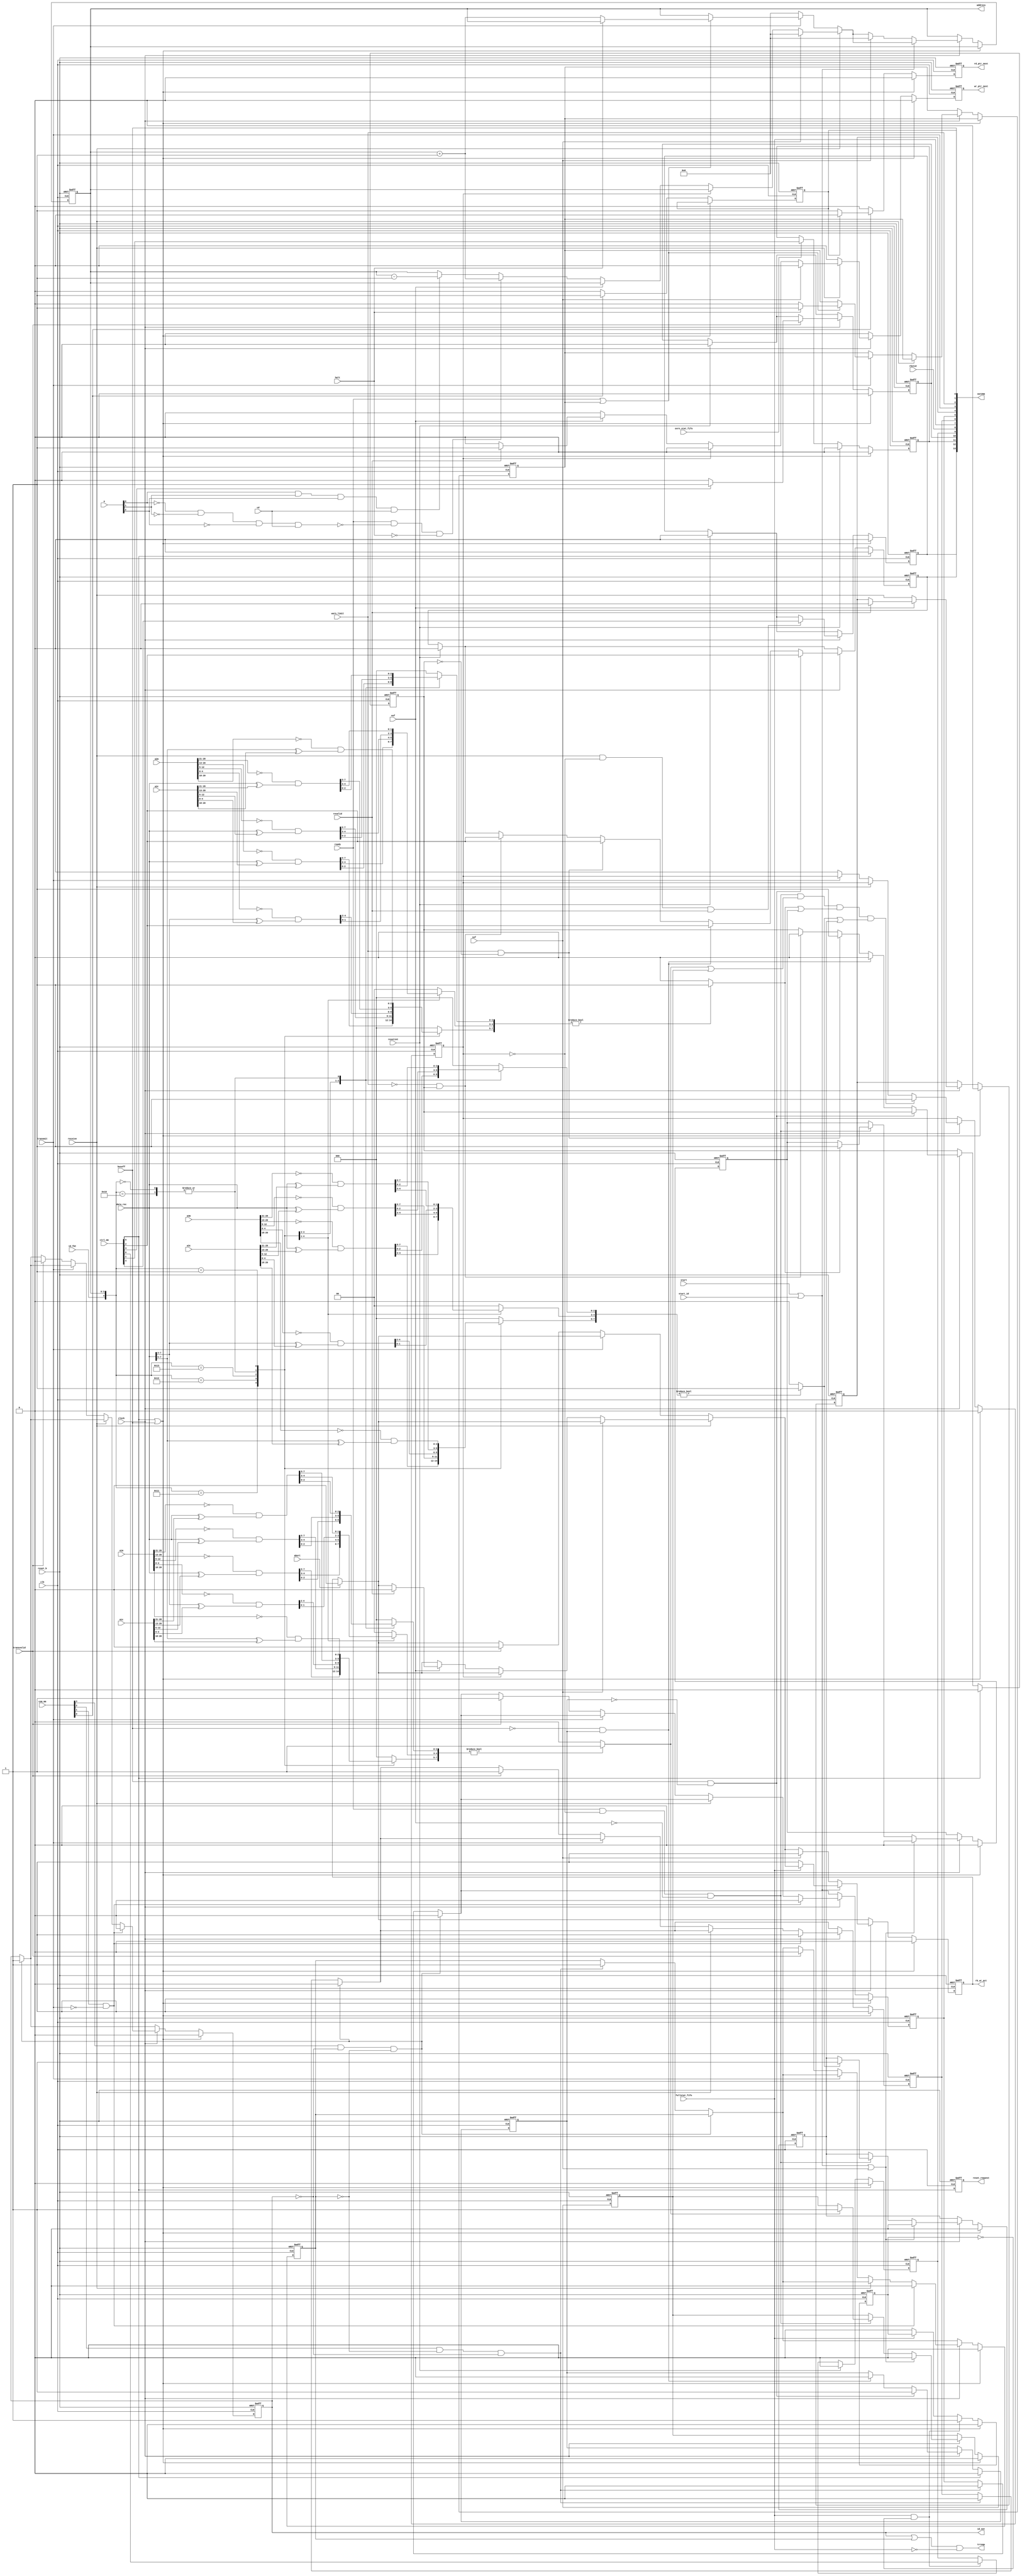
//+ ---------------------------------------------------------------------
//+
//+ Copyright (c) 1999-2003 FhG IPMS (Fraunhofer Institute of Photonic
//+ Microsystems, Dresden, Germany)
//+
//+ Please review the terms of the license agreement before using this
//+ file.  If you are not an authorized user, please destroy this source
//+ file and notify FhG IPMS immediately that you inadvertently 
//+ received an unauthorized copy.
//+ ---------------------------------------------------------------------
//+
//+  Project       : Basic CAN
//+
//+  File          : iml.v
//+  Dependencies  : none
//+
//+  Model Type:   : Synthesizable core
//+
//+  Description   : CAN Controller Modules (Basic CAN version)
//+
//+  Designer      : BS
//+
//+  QA Engineer   : NA
//+
//+  Creation Date : 30-Oct-2002
//+
//+  Last Update   : 10-Jan-2007
//+
//+  Version       : 2V18N00S00
//+ ---------------------------------------------------------------------
//+
//+ $Id: iml.v,v 1.5.2.16 2007/01/22 13:54:02 schneide Exp $
//+ Verilog HDL for "can_core", "iml" "behavioral"
`timescale 1ns/10ps
module iml 
  (
  out2mm,	//+ Bits of Interrupt and Statusregisters	-> to MM
  address,	//+ byte address (generated for MM)		-> to MM
  rb_wr_act,	//+ RB active (receiving or transmitting)	-> to FIFO
  id_out,	//+ =1 -> ext. ID, =0 -> std. ID (transmission)	-> to TCL
  trrequ,	//+ =1 ->Transmit request (TrRequ1 oder TrRequ2)-> to TCL
  reset_request,//+ =1 ->HW or SW reset 			-> to TCL,BSP,BTL,EML
  wr_ptr_next,	//+ =1 one clk-period to increment the b_ptr	-> to dpram_fifo_ctrl
  rd_ptr_next,	//+ =1 one clk-period to increment the a_ptr	-> to dpram_fifo_ctrl
  clk,		//+ System clock				<- from can_top
  reset_b,	//+ HW reset					<- from can_top
  ctrl_mm,	//+ ControlReg inputs (ResReq,RIE,TIE,EIE,OIE,FIE) <- from MM
  com_mm,	//+ CommandReg inputs (TrRequ1,TrRequ2,AbortTr,RRB) <- from MM    
  a1c,		//+ Acceptancecode1 inputs  			<- from MM      
  a1m,		//+ Acceptancemask1 inputs  			<- from MM      
  a2c,		//+ Acceptancecode2 inputs  			<- from MM      
  a2m,		//+ Acceptancemask2 inputs  			<- from MM      
  a3c,      	//+ Acceptancecode3 inputs  			<- from MM
  a3m,		//+ Acceptancemask3 inputs  			<- from MM      
  resetint,	//+ =1 ->reset "recint,transint,errorint,ovrnint" in IML after read access <- vom MM
  data_rec,	//+ Data byte from BSP (received or transmitted)<- from BSP
  a,		//+ Pointer selects bitposition within the byte	<- from BSP
  ready,	//+ =1 ->byte at the BSP complete		<- from BSP
  clock,	//+ Bit clock (ena for clk)    	        <- from BTL
  warn_limit,	//+ =1 ->one of errorcounters is >= 96		<- from EML
  busoff,	//+ =1 ->TrCount >= 256				<- from EML
  sof,		//+ =1 ->TCL has recognized the SOF bit		<- from TCL
  id_fmt,	//+ =1 ->ID format (=1->ext.ID,=0->std.ID)	<- from TCL
  halt,		//+ =1 ->BSP ignores the bit (stfb,srr,rtr,ide...<- from TCL
  eof,		//+ =1 ->area of crc-,ack- und eof-Bits		<- from TCL
  revalid,	//+ =1 ->receiving valid			<- from TCL
  start,	//+ =1 ->Start of transmission			<- from TCL
  cd,		//+ =1 ->change direction (Lost Arbitration)	<- from TCL
  abort,	//+ =1 ->abort of message storage after error 	<- from TCL
  transvalid,	//+ =1 ->transmission errorfree to the last bit	<- from TCL
  start_id,	//+ =1 ->start of transmission with ID (external SOF recognized)<- from TCL
  transmit,	//+ =1 ->node is transmitter			<- from TCL
  receive,	//+ =1 ->node is receiver			<- from TCL
  fullstat_fifo,//+ all RB full (from FIFO)  )			<- from FIFO
  ovrn_stat_fifo,//+ the oldest message in the FIFO is overwritten <- from FIFO
  rbstat	//+ at least 1 FIFO Element if full 		<- from FIFO
);
output [13:0] out2mm;	//+ RecInt,ErrInt,OvrnInt,TrInt,RBFI,RecBufStat,RecBufFull,
	                //+ TrBufAcc,TrCompl,RecStat,TrStat,ErrStat,BusStat,resrrb
output [3:0] address;
output rb_wr_act;	
output id_out;
output trrequ;
output reset_request;	//+ =1 ->HW- or SW-reset (ResReq bit of CtrlReg is set ) -> to TCL,BSP,BTL,EML
output wr_ptr_next;	//+ =1 one clk-period to increment the b_ptr	-> to dpram_fifo_ctrl
output rd_ptr_next;	//+ =1 one clk-period to increment the a_ptr	-> to dpram_fifo_ctrl
input clk;
input[5:0]  ctrl_mm;  //+ ControlReg outputs (ResReq,RIE,TIE,EIE,OIE,FIE)  
input[3:0]  com_mm;   //+ CommandReg outputs (TrRequ1,TrRequ2,AbortTr,RRB)   
input[28:0] a1c;      //+ Acceptancecode1 inputs   
input[28:0] a1m;      //+ Acceptancemask1 inputs  
input[28:0] a2c;      //+ Acceptancecode2 inputs   
input[28:0] a2m;      //+ Acceptancemask2 inputs  
input[28:0] a3c;      //+ Acceptancecode3 inputs   
input[28:0] a3m;      //+ Acceptancemask3 inputs   
input [7:0] data_rec; 
input [2:0] a;
input clock;
input sof;
input ready;
input id_fmt;
input reset_b;
input halt;
input eof;
input revalid;
input start;
input cd;
input abort;
input transvalid;
input start_id;
input resetint;	 
input warn_limit;
input busoff;
input transmit;
input receive;
input fullstat_fifo;	//+ all RB full (from FIFO)
input ovrn_stat_fifo;   //+ the oldest message in the FIFO is overwritten <- from FIFO
input rbstat;   	//+ at least 1 FIFO Element if full <- from FIFO
wire clk;
wire[5:0]  ctrl_mm;  //+ ControlReg outputs (ResReq,RIE,TIE,EIE,OIE,FIE)  
wire[3:0]  com_mm;   //+ CommandReg outputs (TrRequ1,TrRequ2,AbortTr,RRB)   
wire[28:0] a1c;      //+ Acceptancecode1 inputs      
wire[28:0] a1m;      //+ Acceptancemask1 inputs     
wire[28:0] a2c;      //+ Acceptancecode2 inputs      
wire[28:0] a2m;      //+ Acceptancemask2 inputs     
wire[28:0] a3c;      //+ Acceptancecode3 inputs      
wire[28:0] a3m;      //+ Acceptancemask3 inputs      
wire [7:0] data_rec; 
wire [2:0] a;
wire clock;
wire sof;
wire ready;
wire id_fmt;
wire reset_b;
wire halt;	
wire eof;
wire revalid;
wire start;
wire cd;		
wire abort;
wire transvalid;
wire start_id;
wire resetint;	
wire warn_limit;
wire busoff;
wire transmit;
wire receive;		
wire fullstat_fifo;	
wire ovrn_stat_fifo;   
wire rbstat;		
wire [13:0] out2mm;
reg  [3:0] address;
reg rb_wr_act;		
wire id_out;
wire trrequ;
reg reset_request;
reg wr_ptr_next;	
reg rd_ptr_next;	
//+internal signals:
reg recend;	//+ =1 ->message isn't accepted from all acc. filters
wire rr_in;	//+ Reset Request input from MM register
wire trstat;	//+ transmit status (=1 -> node is transmitting even)
wire busstat;	//+ bus status (=1 -> busoff)
reg recstat;	//+ receive status (=1 -> node is receiving even)
reg trcompl;	//+ transmission complete (=1 if trrequ=0, no abort transmission realized)
reg tbacc;	//+ transmit buffer access (=1 if trrequ=0 without abort transmission
		//+ or if AbortTr=1 and abort realized without transmission)
wire oie;	//+ overrun interrupt enable input from MM
wire tie;	//+ transmit interrupt enable input from MM
wire rie;	//+ receive interrupt enable input from MM
wire eie;	//+ error interrupt enable input from MM
wire fie;	//+ full interrupt enable input from MM
wire stopp;	//
wire decadr;
reg fullstat_fifo_store;	
//+ signals to control the acceptance filtering
reg [7:0] byte_acc1;	//+result of checked bit positions from ID bits "1"->not pass
reg [7:0] byte_acc2;	//+result of checked bit positions from ID bits "1"->not pass
reg [7:0] byte_acc3;	//+result of checked bit positions from ID bits "1"->not pass
reg not_acc1_l;		//+logical acceptance check result of filter1 at current ID byte
reg not_acc2_l;		//+logical acceptance check result of filter2 at current ID byte
reg not_acc3_l;		//+logical acceptance check result of filter3 at current ID byte
reg not_acc1_r;         //+registered acceptance check result of filter1
reg not_acc2_r;         //+registered acceptance check result of filter2
reg not_acc3_r;         //+registered acceptance check result of filter3
wire fil1_rej;		//+logical value shows if filter is rejecting actual message (=1->reject)
wire fil2_rej;		//+logical value shows if filter is rejecting actual message 
wire fil3_rej;		//+logical value shows if filter is rejecting actual message 
//+ command / interrupt registers-------------------------------------------------
reg trrequ1,trrequ2;	//+Command Register
reg recint;		//+RecInt	->received message valid
reg errorint;		//+ErrInt	->error status or bus status has changed
reg ovrnint;		//+OvrnInt	->at least one RB overwritten		
reg transint;		//+TrInt	->transmission completed successfully
reg rbfint;		//+RBFI		->all three RB filled
reg resrrb;
reg warn_limit_old;	
reg busoff_old;		
reg ready_save;		
assign trstat=transmit;			
assign busstat=busoff;			
assign fie=ctrl_mm[0];
assign oie=ctrl_mm[1];
assign eie=ctrl_mm[2];
assign tie=ctrl_mm[3];
assign rie=ctrl_mm[4];
assign rr_in=ctrl_mm[5];
assign out2mm[0]=resrrb;			//+ Reset for rrb in MM
assign out2mm[1]=busstat;			//+ 0x22[0],RecBufStat
assign out2mm[2]=warn_limit;			//+ 0x22[1],ErrStat
assign out2mm[3]=trstat;			//+ 0x22[2],TrStat
assign out2mm[4]=recstat;			//+ 0x22[3],RecStat
assign out2mm[5]=trcompl;			//+ 0x22[4],TrCompl
assign out2mm[6]=tbacc;				//+ 0x22[5],TrBufAcc
assign out2mm[7]=fullstat_fifo;			//+ 0x22[6],RecBufFull
assign out2mm[8]=rbstat;			//+ 0x22[7],RecBufStat
assign out2mm[9]=rbfint;			//+ 0x23[1],RBFI
assign out2mm[10]=transint;			//+ 0x23[2],TrInt
assign out2mm[11]=ovrnint;			//+ 0x23[3],OvrnInt
assign out2mm[12]=errorint;			//+ 0x23[4],ErrInt
assign out2mm[13]=recint;			//+ 0x23[7],RecInt
always@(negedge reset_b or posedge clk) 
  begin
    if(reset_b==1'b0)	
      begin
        recend<=1'b0;
        rb_wr_act<=1'b0;	
        address<=4'b0000;
        reset_request<=1'b1;	
        trrequ1<=1'b0;
        trrequ2<=1'b0;
        trcompl<=1'b1;
        tbacc<=1'b1;
        recstat<=1'b0;
        resrrb<=1'b1;       
        wr_ptr_next<=1'b0; 
        rd_ptr_next<=1'b0; 
        not_acc1_r <= 1'b0;
        not_acc2_r <= 1'b0;
        not_acc3_r <= 1'b0;
        ready_save <= 1'b0;
      end
    else	
      begin
        reset_request<=rr_in; 
        if(wr_ptr_next==1'b1)
          wr_ptr_next<=1'b0;	
        if(rd_ptr_next==1'b1)
          rd_ptr_next<=1'b0;	
        else;
        //+ ---SOFTWARE RESET begin                                                    
        if((rr_in==1'b1)|(busoff==1'b1))
          begin         
            trrequ1<=1'b0;  	
            trrequ2<=1'b0;                                                     
            trcompl<=1'b1;
            tbacc<=1'b1;
            rb_wr_act<=1'b0;	
            recstat<=1'b0;
            recend<=1'b0;
            not_acc1_r <= 1'b0;
            not_acc2_r <= 1'b0;
            not_acc3_r <= 1'b0;
          end 
        //+ ---SOFTWARE RESET end                                                    
        else	
          begin
	    if(com_mm[0]==1'b1)	
	      begin
	        if(resrrb==1'b0)
	          begin
		    resrrb<=1'b1;	
                    rd_ptr_next<=1'b1;	
	          end
                else;
              end
            else
              begin
                resrrb<=1'b0;	
                rd_ptr_next<=1'b0;	
              end
            if((com_mm[3]==1'b1)&(trrequ1==1'b0)&(trrequ2==1'b0)) 
              begin         
                trrequ1<=1'b1;  
                trcompl<=1'b0;
                tbacc<=1'b0;
              end
            else if((com_mm[2]==1'b1)&(trrequ2==1'b0)&(trrequ1==1'b0)) 
              begin         
                trrequ2<=1'b1;  
                trcompl<=1'b0;
                tbacc<=1'b0;
              end
            else;
            if(abort==1'b1) 		
              begin
                rb_wr_act<=1'b0;    
              end
            if(clock==1'b1)	
              begin
                if(eof==1'b0)
                  recstat<=receive;
                else
                  begin
                    if(revalid==1'b1)
                      recstat<=1'b0;
                    else;
                  end
                if(receive==1'b1)                                                      
                  begin
                    if(sof==1'b1)
                      address<=4'b0000;                                                                  
                    else if(recend==1'b0) 
                      begin     
                        if(eof==1'b0)                                                 
                          begin                                                  
                            if((ready==1'b1)&(stopp==1'b0)&(halt==1'b0))    
                              address<=address+4'b0001;        
                            else if(decadr==1'b1)                                               
                              address<=address-4'b0001;                                            
                            else;                                                         
                          end                                                                  
                        else                                                                   
                          begin
                            if(revalid==1'b1) 
                              begin 
                                rb_wr_act<=1'b0;    
                                wr_ptr_next<=1'b1; 	
                              end                                                              
                             else;                                                              
                          end                                                                  
                      end 	
                    else;                                                        
                  end		
                else if(transmit==1'b1)                                                              
                  begin                                                                        
                    if((ready==1'b1)|(ready_save==1'b1)) 
                      begin                                                           
                        if(halt==1'b0)
                          begin 
                            address<=address+4'b0001;
                            ready_save <= 1'b0;
                          end
                        else
                          begin 
                            ready_save <= 1'b1;
                          end
                      end                                                         
                    else;
                  end                                                                          
                else
                  begin                 
                    if(transvalid==1'b1)      
                      begin                                                                    
                        trrequ1<=1'b0;                                                             
                        trrequ2<=1'b0;                                                             
                        trcompl<=1'b1;
                        tbacc<=1'b1;
                        rb_wr_act<=1'b0;    
                      end
                    recend<=1'b0;	
                    address<=4'b0000;	
                  end                                                                          
                if((ready==1'b1)&(recend==1'b0)&(eof==1'b0)&(fil1_rej==1'b1)&(fil2_rej==1'b1)&(fil3_rej==1'b1))
                  recend <= 1'b1;	//+message rejected
                else;
                if((start==1'b1)|(start_id==1'b1)|(sof==1'b1))
                  begin
                    not_acc1_r <= 1'b0;
                    not_acc2_r <= 1'b0;
                    not_acc3_r <= 1'b0;
                  end
                else if((ready==1'b1)&(recend==1'b0)&(eof==1'b0))
                  begin
                    if(not_acc1_l==1'b1)
                      not_acc1_r <= 1'b1;
                    else;
                    if(not_acc2_l==1'b1)
                      not_acc2_r <= 1'b1;
                    else;
                    if(not_acc3_l==1'b1)
                      not_acc3_r <= 1'b1;
                    else;
                  end
                else;
                if((start==1'b1)|(start_id==1'b1))      
                  begin      		
                    if(fullstat_fifo==1'b0)  
                      rb_wr_act<=1'b1;      
                    else; 	  	
                  end                                                                       
                else if(sof==1'b1)            
                  begin                                                                     
                    address<=1'b0;                                                              
                    rb_wr_act<=1'b1;        
                  end                                                                       
                else;
                if((com_mm[1]==1'b1)&(transmit==1'b0))         
                  begin                                                                        
                    trrequ1<=1'b0;    
                    trrequ2<=1'b0;    
                    trcompl<=1'b0;
                    tbacc<=1'b1;
                  end                                                                          
                else;
              end   	
            else;     	
          end   	
      end       	
  end			
always@(negedge reset_b or posedge clk) 
  begin
    if(reset_b==1'b0)	
      recint<=1'b0;       
    else	
      begin
        if((rr_in==1'b1)|(busoff==1'b1))
          recint<=1'b0;                             
        else	
          begin
            if(clock==1'b1)	
              begin
                if((receive==1'b1)&(recend==1'b0)&(revalid==1'b1))                                    
                  recint<=rie;     
                else
                  begin                 
                    if(resetint==1'b1)  
                      recint<=1'b0;	
                    else;
                  end
              end   	
            else     	
              begin                                                  
                  if(resetint==1'b1)    
                    recint<=1'b0;	
                  else;
              end
          end   	
      end       	
  end			
always@(negedge reset_b or posedge clk) 
  begin
    if(reset_b==1'b0)	
      begin
        ovrnint<=1'b0;
        rbfint<=1'b0; 
        fullstat_fifo_store<=1'b0;                                                
      end
    else	
      begin
        //+ ---SOFTWARE RESET begin                                                    
        if((rr_in==1'b1)|(busoff==1'b1))
          begin         
        //+ ---SOFTWARE RESET end                                                    
            ovrnint<=1'b0;                                                
            rbfint<=1'b0;                                                 
            fullstat_fifo_store<=1'b0;
          end 
        else	
          begin
            if((fullstat_fifo==1'b1)&(fullstat_fifo_store==1'b0)) 
              begin
                fullstat_fifo_store<=1'b1;
                rbfint<=fie;
              end
            else if(fullstat_fifo==1'b0)	
              fullstat_fifo_store<=1'b0;
            else;
            if(ovrn_stat_fifo==1'b1) 
              ovrnint<=oie;
            else;
            if(resetint==1'b1)    
              begin         
                rbfint<=1'b0;                                                 
                ovrnint<=1'b0;                                                 
              end                                                          
            else;
          end   	
      end       	
  end			
always@(negedge reset_b or posedge clk) 
  begin
    if(reset_b==1'b0)	
      transint<=1'b0;       
    else		
      begin
        if((rr_in==1'b1)|(busoff==1'b1))
          transint<=1'b0;                             
        else	
          begin
            if(clock==1'b1)	
              begin                 
                if(transvalid==1'b1)      
                  begin                                                        
                    if(tie==1'b1)         
                      transint<=1'b1; 
                    else                                                       
                      transint<=1'b0; 
                  end                     
                else
                  begin                 
                    if(resetint==1'b1)    
                      transint<=1'b0;
                    else;
                  end
              end   	
            else     	
              begin                                                  
                  if(resetint==1'b1)    
                    transint<=1'b0;
                  else;
              end
          end   	
      end       	
  end			
always@(negedge reset_b or posedge clk) 
  begin
    if(reset_b==1'b0)	
      begin
        errorint<=1'b0;       
        warn_limit_old<=1'b0;
        busoff_old<=1'b0;
      end
    else	
      begin
        if(rr_in==1'b1)
          begin               
            errorint<=1'b0;                             
            warn_limit_old<=1'b0;
            busoff_old<=1'b0;
          end                                                
        else	
          begin
            if(clock==1'b1)	
              begin
                if((busoff==1'b1)&(busoff_old==1'b0))	
                  begin
                    busoff_old<=1'b1;
                    errorint<=eie;
                  end
                else if((busoff==1'b0)&(busoff_old==1'b1))	
                  begin		
                    busoff_old<=1'b0;
                    errorint<=eie;
                    warn_limit_old<=1'b0;                                               
                  end
                else if((warn_limit==1'b1)&(warn_limit_old==1'b0))
                  begin                                                                      
                    errorint<=eie;                                                              
                    warn_limit_old<=1'b1;                                               
                  end                                                                        
                else if((warn_limit==1'b0)&(warn_limit_old==1'b1))
                  begin                                                                      
                    errorint<=eie;                                                              
                    warn_limit_old<=1'b0;                                               
                  end                                                                        
                else 	
                  begin
                    if(resetint==1'b1)   	
                        errorint<=1'b0;	
                    else;
                  end
              end   	
            else     	
              begin                                                  
                  if(resetint==1'b1)    
                    begin         
                      errorint<=1'b0;                                
                    end                                                        
                  else;
              end
          end   	
      end       	
  end			
//+ Logical assignments for acceptance filtering
//+ not accepted bits of vector byte_acc will be "1"
always@(address or id_fmt or data_rec or a1m  or a1c or a2m  or a2c or a3m  or a3c)
  case({id_fmt,address})
     5'h1_0:	
           begin
             byte_acc1[7:0]=(~a1m[28:21]&(data_rec[7:0]^a1c[28:21]));
             byte_acc2[7:0]=(~a2m[28:21]&(data_rec[7:0]^a2c[28:21]));
             byte_acc3[7:0]=(~a3m[28:21]&(data_rec[7:0]^a3c[28:21]));
           end
     5'h1_1:	
           begin
             byte_acc1[7:0]=(~a1m[20:13]&(data_rec[7:0]^a1c[20:13]));
             byte_acc2[7:0]=(~a2m[20:13]&(data_rec[7:0]^a2c[20:13]));
             byte_acc3[7:0]=(~a3m[20:13]&(data_rec[7:0]^a3c[20:13]));
           end
     5'h1_2:	
           begin
             byte_acc1[7:0]=(~a1m[12:5]&(data_rec[7:0]^a1c[12:5]));
             byte_acc2[7:0]=(~a2m[12:5]&(data_rec[7:0]^a2c[12:5]));
             byte_acc3[7:0]=(~a3m[12:5]&(data_rec[7:0]^a3c[12:5]));
           end
     5'h1_3:	
           begin
             byte_acc1[7:3]=(~a1m[4:0]&(data_rec[7:3]^a1c[4:0]));
             byte_acc2[7:3]=(~a2m[4:0]&(data_rec[7:3]^a2c[4:0]));
             byte_acc3[7:3]=(~a3m[4:0]&(data_rec[7:3]^a3c[4:0]));
             byte_acc1[2:0]=3'b000;
             byte_acc2[2:0]=3'b000;
             byte_acc3[2:0]=3'b000;
           end
     5'h0_0:	
           begin
             byte_acc1[7:0]=(~a1m[28:21]&(data_rec[7:0]^a1c[28:21]));
             byte_acc2[7:0]=(~a2m[28:21]&(data_rec[7:0]^a2c[28:21]));
             byte_acc3[7:0]=(~a3m[28:21]&(data_rec[7:0]^a3c[28:21]));
           end
     5'h0_1:	
           begin
             byte_acc1[7:5]=(~a1m[20:18]&(data_rec[7:5]^a1c[20:18]));
             byte_acc2[7:5]=(~a2m[20:18]&(data_rec[7:5]^a2c[20:18]));
             byte_acc3[7:5]=(~a3m[20:18]&(data_rec[7:5]^a3c[20:18]));
             byte_acc1[4:0]=5'b0_0000;
             byte_acc2[4:0]=5'b0_0000;
             byte_acc3[4:0]=5'b0_0000;
           end
     default            
           begin
             byte_acc1[7:0]=8'b0000_0000;
             byte_acc2[7:0]=8'b0000_0000;
             byte_acc3[7:0]=8'b0000_0000;
           end
  endcase
//+ logical value of acceptance check of filter 1
always@(byte_acc1)
  if(byte_acc1!=0)
    not_acc1_l=1;
  else
    not_acc1_l=0;
//+ logical value of acceptance check of filter 2
always@(byte_acc2)
  if(byte_acc2!=0)
    not_acc2_l=1;
  else
    not_acc2_l=0;
//+ logical value of acceptance check of filter 3
always@(byte_acc3)
  if(byte_acc3!=0)
    not_acc3_l=1;
  else
    not_acc3_l=0;
//+ filters which reject message
assign fil1_rej = not_acc1_l | not_acc1_r ;
assign fil2_rej = not_acc2_l | not_acc2_r ;
assign fil3_rej = not_acc3_l | not_acc3_r ;  
assign id_out=trrequ1;		
assign trrequ=(trrequ1|trrequ2)&!fullstat_fifo;	
assign decadr=a[0]&a[1]&a[2]&cd;		
assign stopp=!a[0]&!a[1]&!a[2]&cd;
endmodule